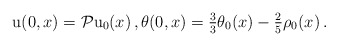
\begin{align*} \mathrm{u}(0,x)= \mathcal{P}\mathrm{u}_0(x)\,, \theta(0,x)= \tfrac{3}{3}\theta_0(x)-\tfrac{2}{5}\rho_0(x)\,.\end{align*}